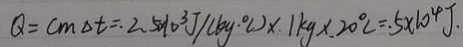
Q = c m \Delta t = . 2 . 5 \times 1 0 ^ { 3 } J / ( k g \cdot ^ { \circ } l ) \times . 1 k g \times . 2 0 ^ { \circ } C = 5 \times 1 0 ^ { 4 } J .